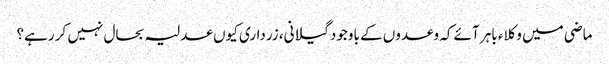
ماضی میں وکلاء باہر آئے کہ وعدوں کے باوجود گیلانی، زرداری کیوں عدلیہ بحال نہیں کر رہے؟